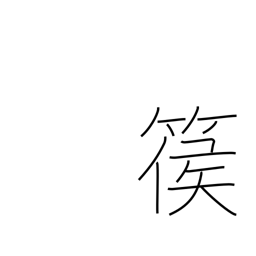
Meaning: type of harp